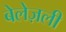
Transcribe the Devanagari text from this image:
बेलेज़ली